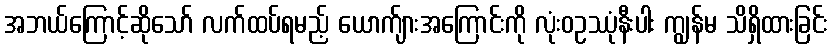
အဘယ်ကြောင့်ဆိုသော် လက်ထပ်ရမည့် ယောက်ျားအကြောင်းကို လုံးဝဥဿုံနီးပါး ကျွန်မ သိရှိထားခြင်း